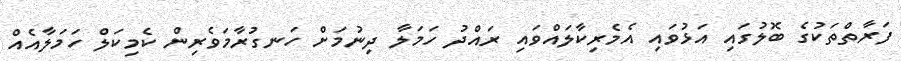
ފަރާތްތަކުގެ ބޮލުގައި އަޅުވައި އެމެރިކާލައްވައި ރައްދު ހަމަލާ ދިނުމަށް ހަނގުރާމަވެރިން ކެމިކަލް ހަމަލާއެއް